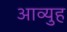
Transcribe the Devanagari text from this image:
आव्युह